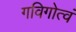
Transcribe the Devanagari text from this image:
गविगोत्वं